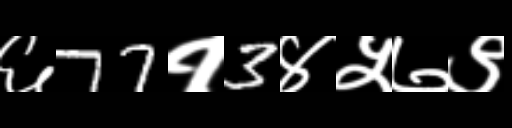
Text: ६77१3४५७९